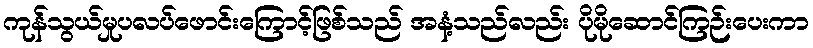
ကုန်သွယ်မှုပလပ်ဖောင်းကြောင့်ဖြစ်သည် အနံ့သည်လည်း ပိုမိုဆောင်ကြဉ်းပေးကာ